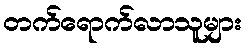
တက်ရောက်လာသူများ